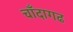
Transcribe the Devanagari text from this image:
चाँदागढ